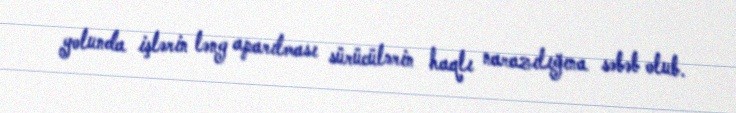
yolunda işlərin ləng aparılması sürücülərin haqlı narazılığına səbəb olub.